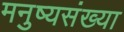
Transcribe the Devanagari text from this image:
मनुष्यसंख्या